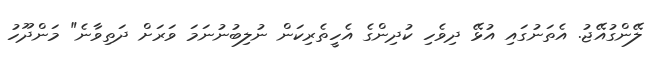
ލޭންގުއޭޖު. އެތަނުގައި އުޅޭ ދިވެހި ކުދިންގެ އެހީތެރިކަން ނުލިބުނުނަމަ ވަރަށް ދަތިވާނެ" މަންދޫހު